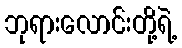
ဘုရားလောင်းတို့ရဲ့